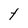
Character: t